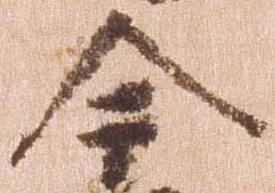
今